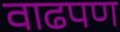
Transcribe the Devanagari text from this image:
वाढपण